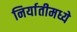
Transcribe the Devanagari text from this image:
निर्यातीमध्ये